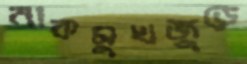
নাকমুখজুড়ে